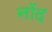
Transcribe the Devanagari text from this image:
नॉद